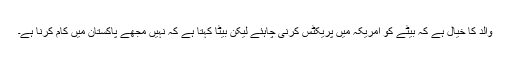
والد کا خیال ہے کہ بیٹے کو امریکہ میں پریکٹس کرنی چاہئے لیکن بیٹا کہتا ہے کہ نہیں مجھے پاکستان میں کام کرنا ہے۔